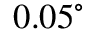
0 . 0 5 ^ { \circ }